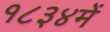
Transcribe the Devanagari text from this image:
१८३४में